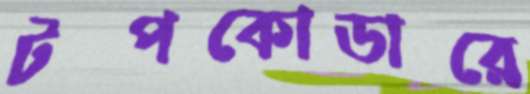
টপকোডারে